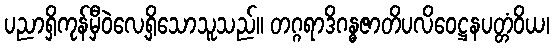
ပညာရှိကုန်မှီဝဲလေ့ရှိသောသူသည်။ တဂ္ဂရာဒိဂန္ဓဇာတိပလိဝေဋ္ဌနပတ္တံဝိယ၊